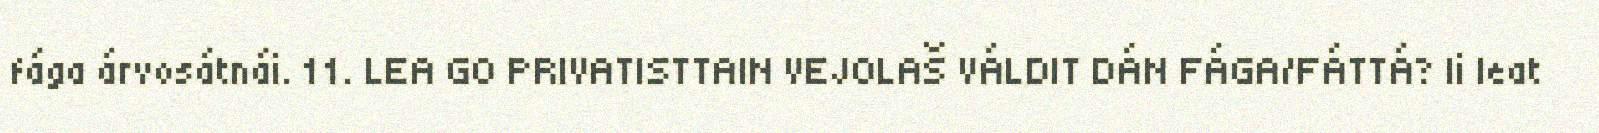
fága árvosátnái. 11. LEA GO PRIVATISTTAIN VEJOLAŠ VÁLDIT DÁN FÁGA/FÁTTÁ? Ii leat